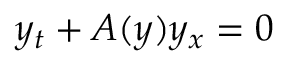
y _ { t } + A ( y ) y _ { x } = 0